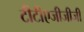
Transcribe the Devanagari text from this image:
टीटीएजीजीजी